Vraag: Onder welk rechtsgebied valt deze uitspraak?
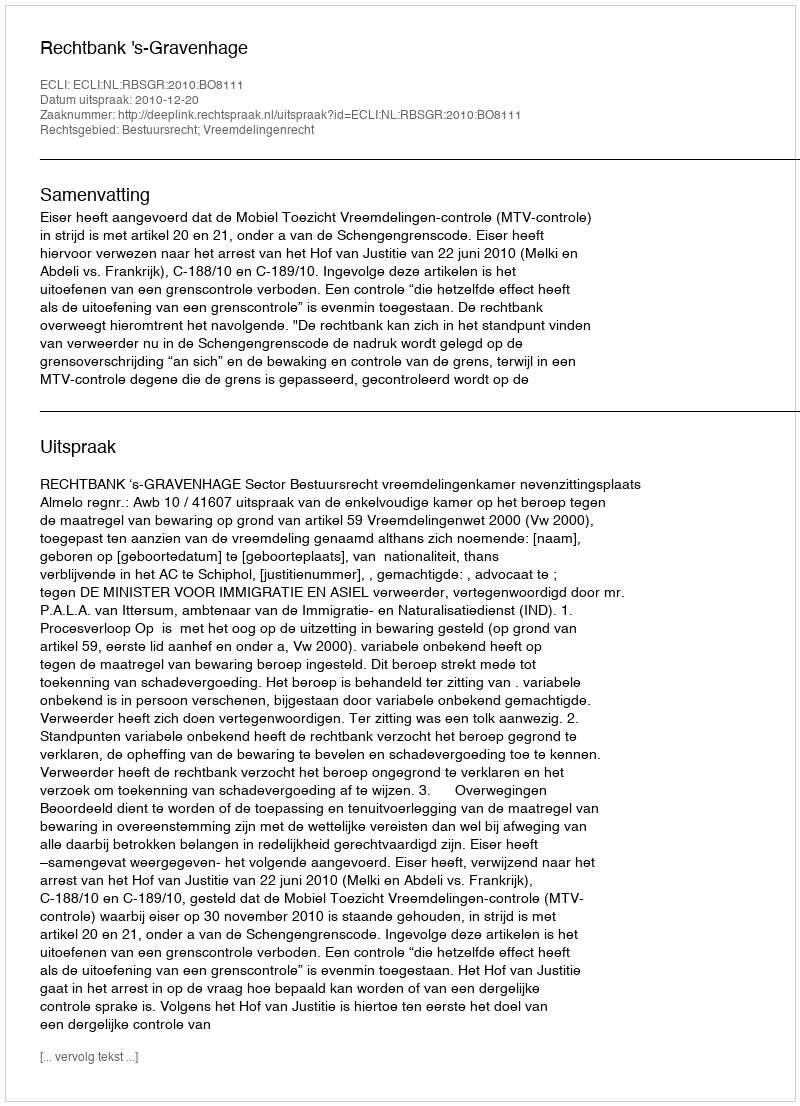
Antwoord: Bestuursrecht; Vreemdelingenrecht